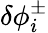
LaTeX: \delta\phi_{i}^{\pm}